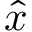
\hat { x }